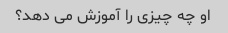
او چه چیزی را آموزش می دهد؟